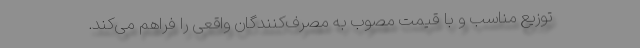
توزیع مناسب و با قیمت مصوب به مصرف‌کنندگان واقعی را فراهم می‌کند.